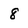
Character: 8